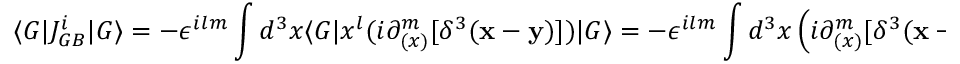
\langle G \vert J _ { G B } ^ { i } \vert G \rangle = - \epsilon ^ { i l m } \int d ^ { 3 } x \langle G \vert x ^ { l } ( i \partial _ { ( x ) } ^ { m } [ \delta ^ { 3 } ( { \bf x - y } ) ] ) \vert G \rangle = - \epsilon ^ { i l m } \int d ^ { 3 } x \left( i \partial _ { ( x ) } ^ { m } [ \delta ^ { 3 } ( { \bf x - y } ) ] \right) x ^ { l }